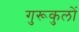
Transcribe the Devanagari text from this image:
गुरूकुलों